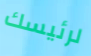
لرئيسك